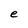
Character: e